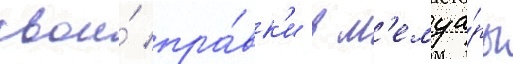
свои́ пра́вк'и в м'емуа́ры